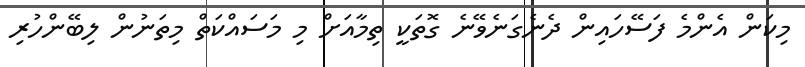
މިކަން އެންމެ ފަސޭހައިން ދެނެގަނެވޭނެ ގޮތަކީ ތިމާއަށް މި މަސައްކަތް މިތަނުން ލިބޭންހުރި